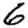
Digit: 6